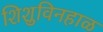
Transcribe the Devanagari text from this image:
शिशुविनहाळ